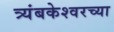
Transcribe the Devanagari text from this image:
त्र्यंबकेश्‍वरच्या